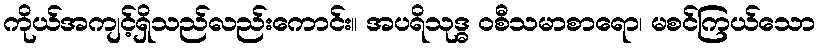
ကိုယ်အကျင့်ရှိသည်လည်းကောင်း။ အပရိသုဒ္ဓ ဝစီသမာစာရော၊ မစင်ကြယ်သော